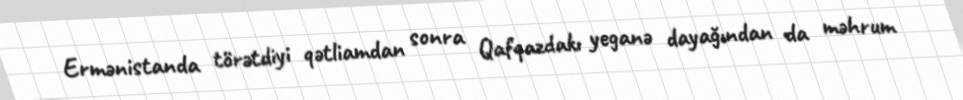
Ermənistanda törətdiyi qətliamdan sonra Qafqazdakı yeganə dayağından da məhrum